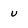
Character: u